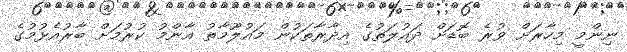
ނިންމީ މިހާރަށް ވުރެ ބޮޑަށް ދައުލަތުގެ އިދާރާތަކުން މައުލޫމާތު އާންމު ކުރުމަށް ބާރުއެޅުމުގެ